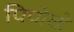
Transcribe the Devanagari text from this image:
पिपोलो